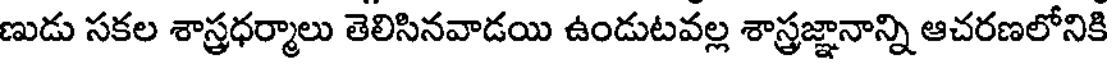
ణుడు సకల శాస్త్రధర్మాలు తెలిసినవాడయి ఉండుటవల్ల శాస్త్రజ్ఞానాన్ని ఆచరణలోనికి